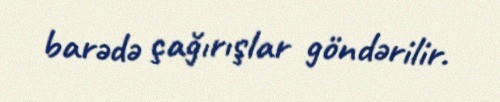
barədə çağırışlar göndərilir.